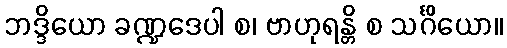
ဘဒ္ဒိယော ခဏ္ဍဒေပါ စ၊ ဗာဟုရန္တိ စ သင်္ဂိယော။